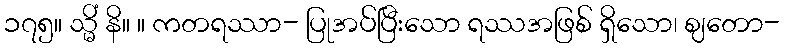
၁၇၅။ သ္မိံ နိ။ ။ ကတရဿာ- ပြုအပ်ပြီးသော ရဿအဖြစ် ရှိသော၊ ဈတော-